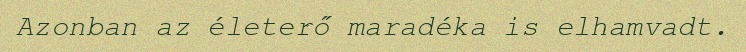
Azonban az életerő maradéka is elhamvadt.